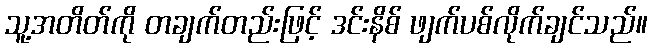
သူ့အတိတ်ကို တချက်တည်းဖြင့် ဒင်းနိစ် ဖျက်ပစ်လိုက်ချင်သည်။